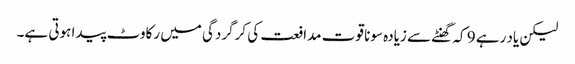
لیکن یاد رہے 9 کہ گھنٹے سے زیادہ سونا قوت مدافعت کی کرگردگی میں رکاوٹ پیدا ہوتی ہے۔